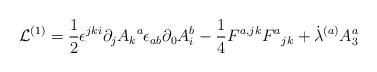
LaTeX: \begin{align*}{\cal L}^{(1)} = { \frac{1} {2}}{\epsilon^{jki}\partial_j{A_k}^{a}}{\epsilon_{ab}\partial_{0}{A^b_{i}}}- {\frac{1}{4}}{F^{a,jk}}{{F^a}_{jk}} +{\dot \lambda^{(a)}}{A^{a}_3}\end{align*}